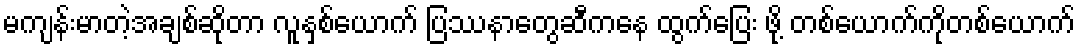
မကျန်းမာတဲ့အချစ်ဆိုတာ လူနှစ်ယောက် ပြဿနာတွေဆီကနေ ထွက်ပြေး ဖို့ တစ်ယောက်ကိုတစ်ယောက်